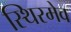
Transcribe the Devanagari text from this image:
स्थिरमेव